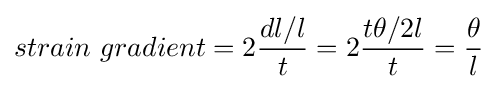
strain\ gradient=2{\frac {dl/l}{t}}=2{\frac {t\theta /2l}{t}}={\frac {\theta }{l}}